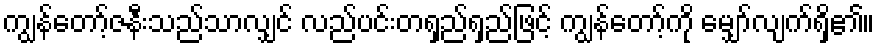
ကျွန်တော့်ဇနီးသည်သာလျှင် လည်ပင်းတရှည်ရှည်ဖြင့် ကျွန်တော့်ကို မျှော်လျက်ရှိ၏။